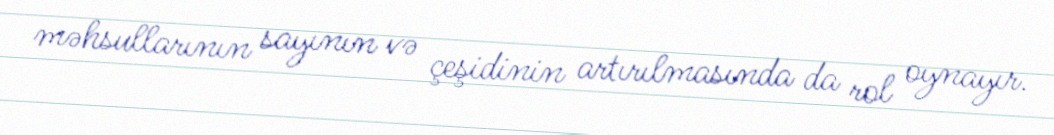
məhsullarının sayının və çeşidinin artırılmasında da rol oynayır.